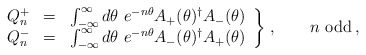
\begin{align*}\left.\begin{array}{rcl}Q^+_n & = & \int_{-\infty}^\infty d\theta\ e^{-n\theta} A_+(\theta)^\dagger A_-(\theta) \\ Q^-_n & = & \int_{-\infty}^\infty d\theta\ e^{-n\theta} A_-(\theta)^\dagger A_+(\theta) \end{array}\right\}\,, \qquad n {\hbox{ odd}} \,,\end{align*}